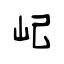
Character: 屺